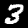
Digit: 3